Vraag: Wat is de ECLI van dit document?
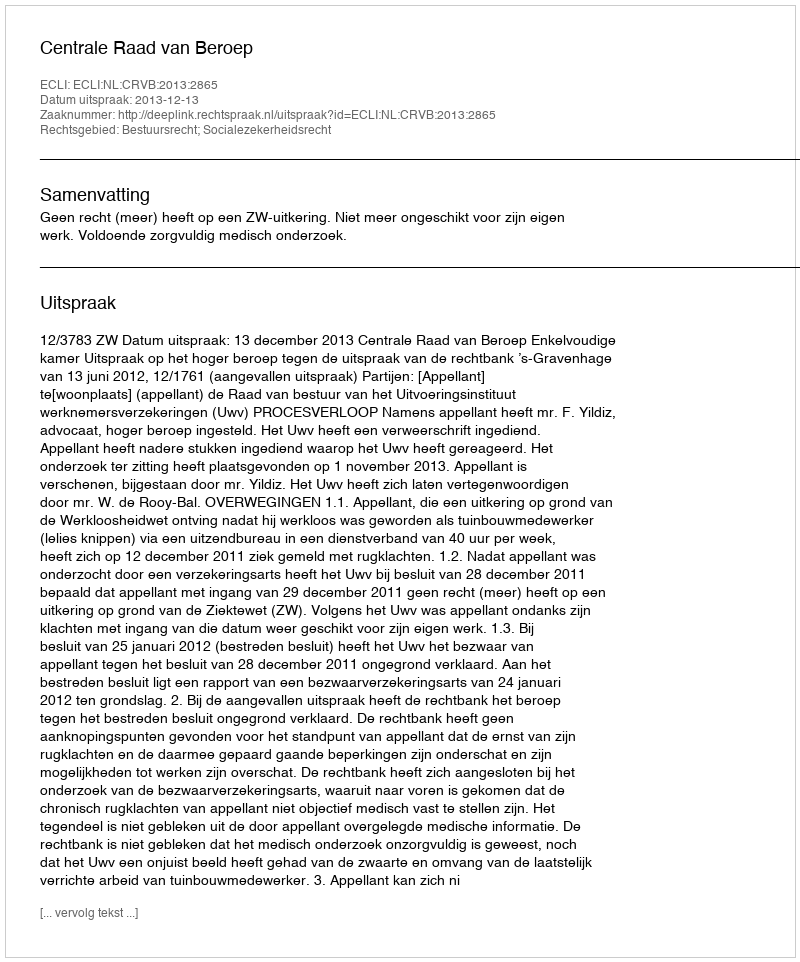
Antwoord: ECLI:NL:CRVB:2013:2865